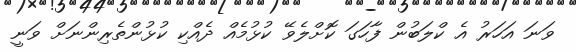
ވަނަ އަހަރު އެ ކްލަބުން ފާހަގަ ކޮށްލެވޭ ކުޅުމެއް ދެއްކި ކުޅުންތެރިންނަށް ވަނީ